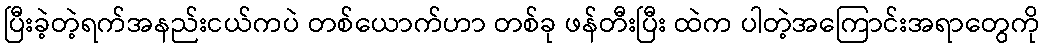
ပြီးခဲ့တဲ့ရက်အနည်းငယ်ကပဲ တစ်ယောက်ဟာ တစ်ခု ဖန်တီးပြီး ထဲက ပါတဲ့အကြောင်းအရာတွေကို